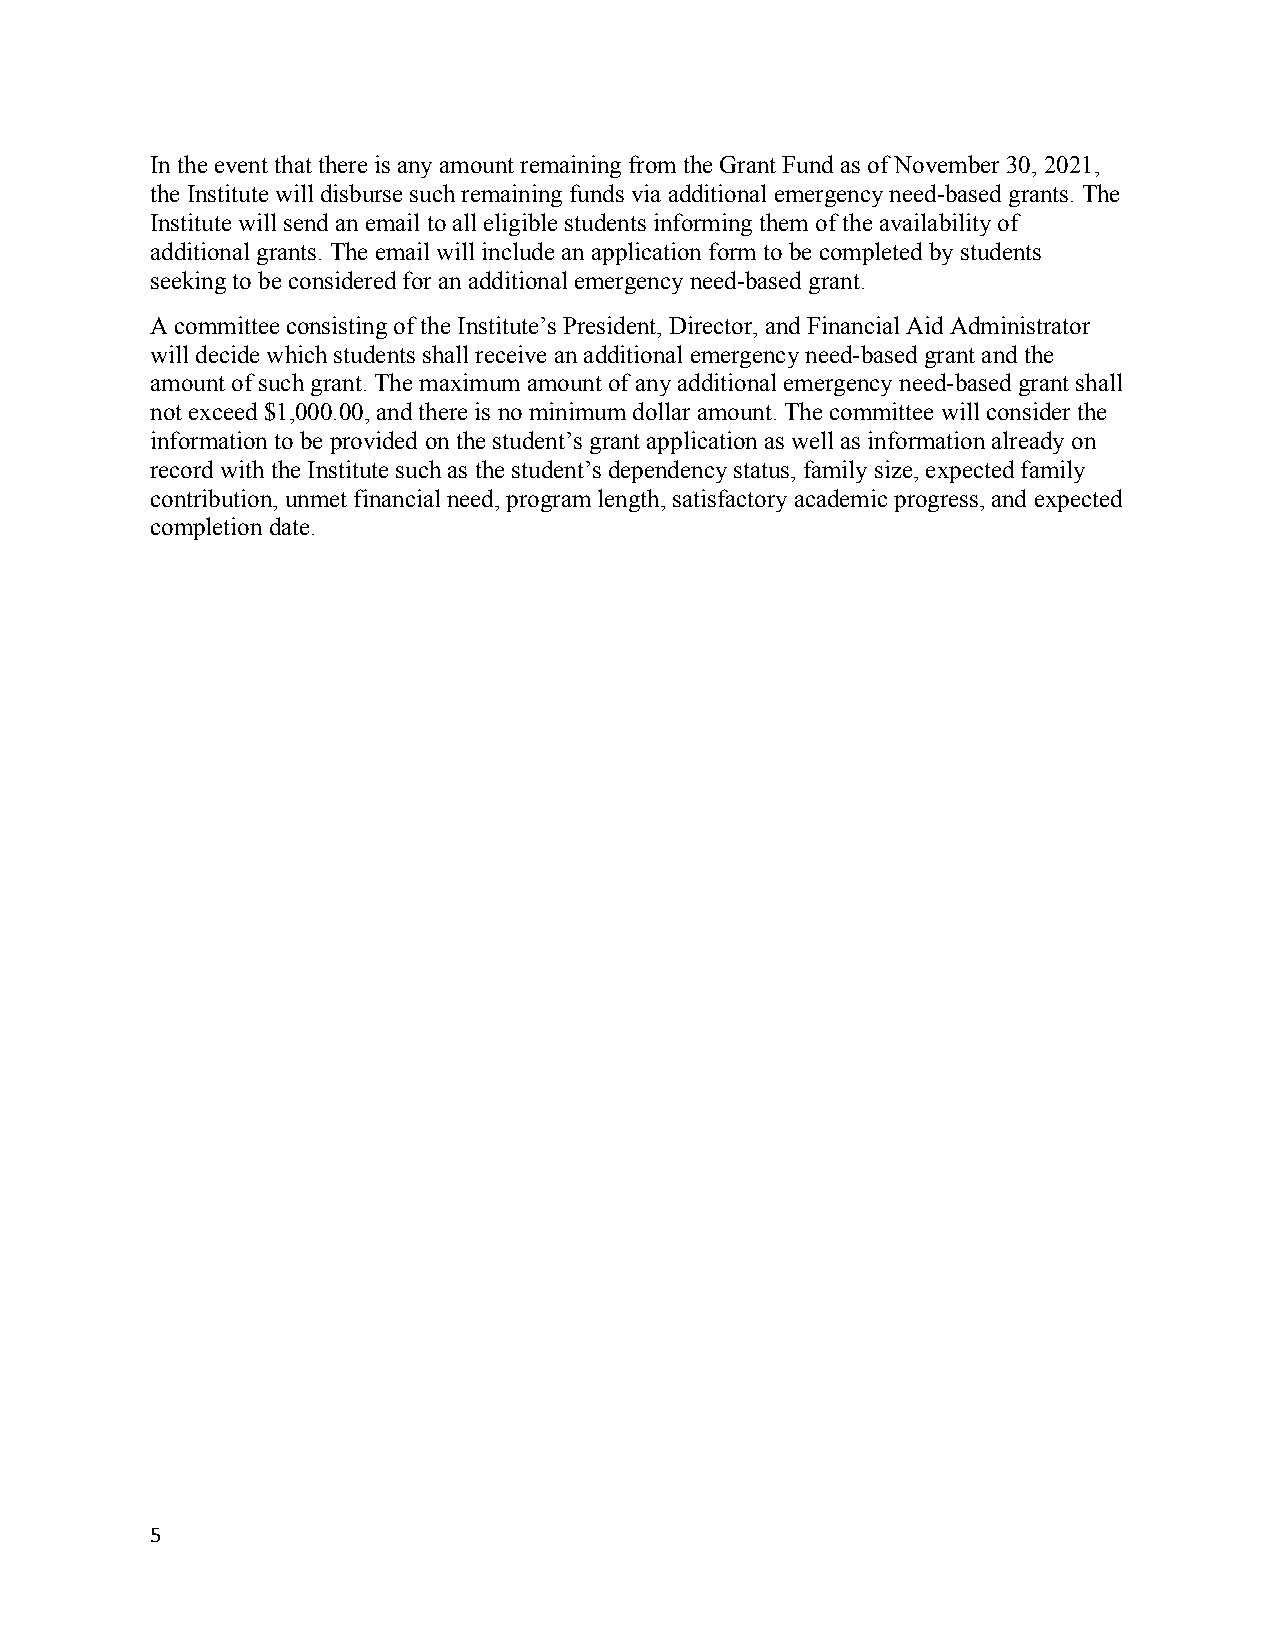
In the event that there is any amount remaining from the Grant Fund as of November 30, 2021,
 the Institute will disburse such remaining funds via additional emergency need-based grants. The
 Institute will send an email to all eligible students informing them of the availability of
 additional grants. The email will include an application form to be completed by students
 seeking to be considered for an additional emergency need-based grant.
 A committee consisting of the Institute’s President, Director, and Financial Aid Administrator
 will decide which students shall receive an additional emergency need-based grant and the
 amount of such grant. The maximum amount of any additional emergency need-based grant shall
 not exceed $1,000.00, and there is no minimum dollar amount. The committee will consider the
 information to be provided on the student’s grant application as well as information already on
 record with the Institute such as the student’s dependency status, family size, expected family
 contribution, unmet financial need, program length, satisfactory academic progress, and expected
 completion date.
 5